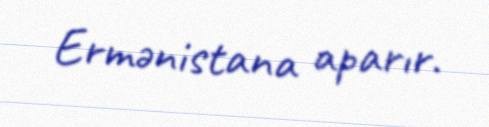
Ermənistana aparır.